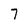
Character: 7